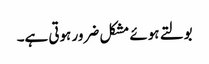
بولتے ہوئے مشکل ضرور ہوتی ہے۔